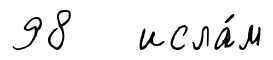
98 исла́м